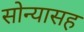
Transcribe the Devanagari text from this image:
सोन्यासह